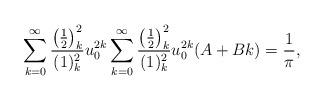
LaTeX: \begin{align*}\sum_{k=0}^{\infty} \frac{\left(\frac12\right)_k^2}{(1)_k^2} u_0^{2k} \sum_{k=0}^{\infty} \frac{\left(\frac12\right)_k^2}{(1)_k^2} u_0^{2k} (A+B k) = \frac{1}{\pi},\end{align*}